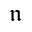
\mathfrak { n }